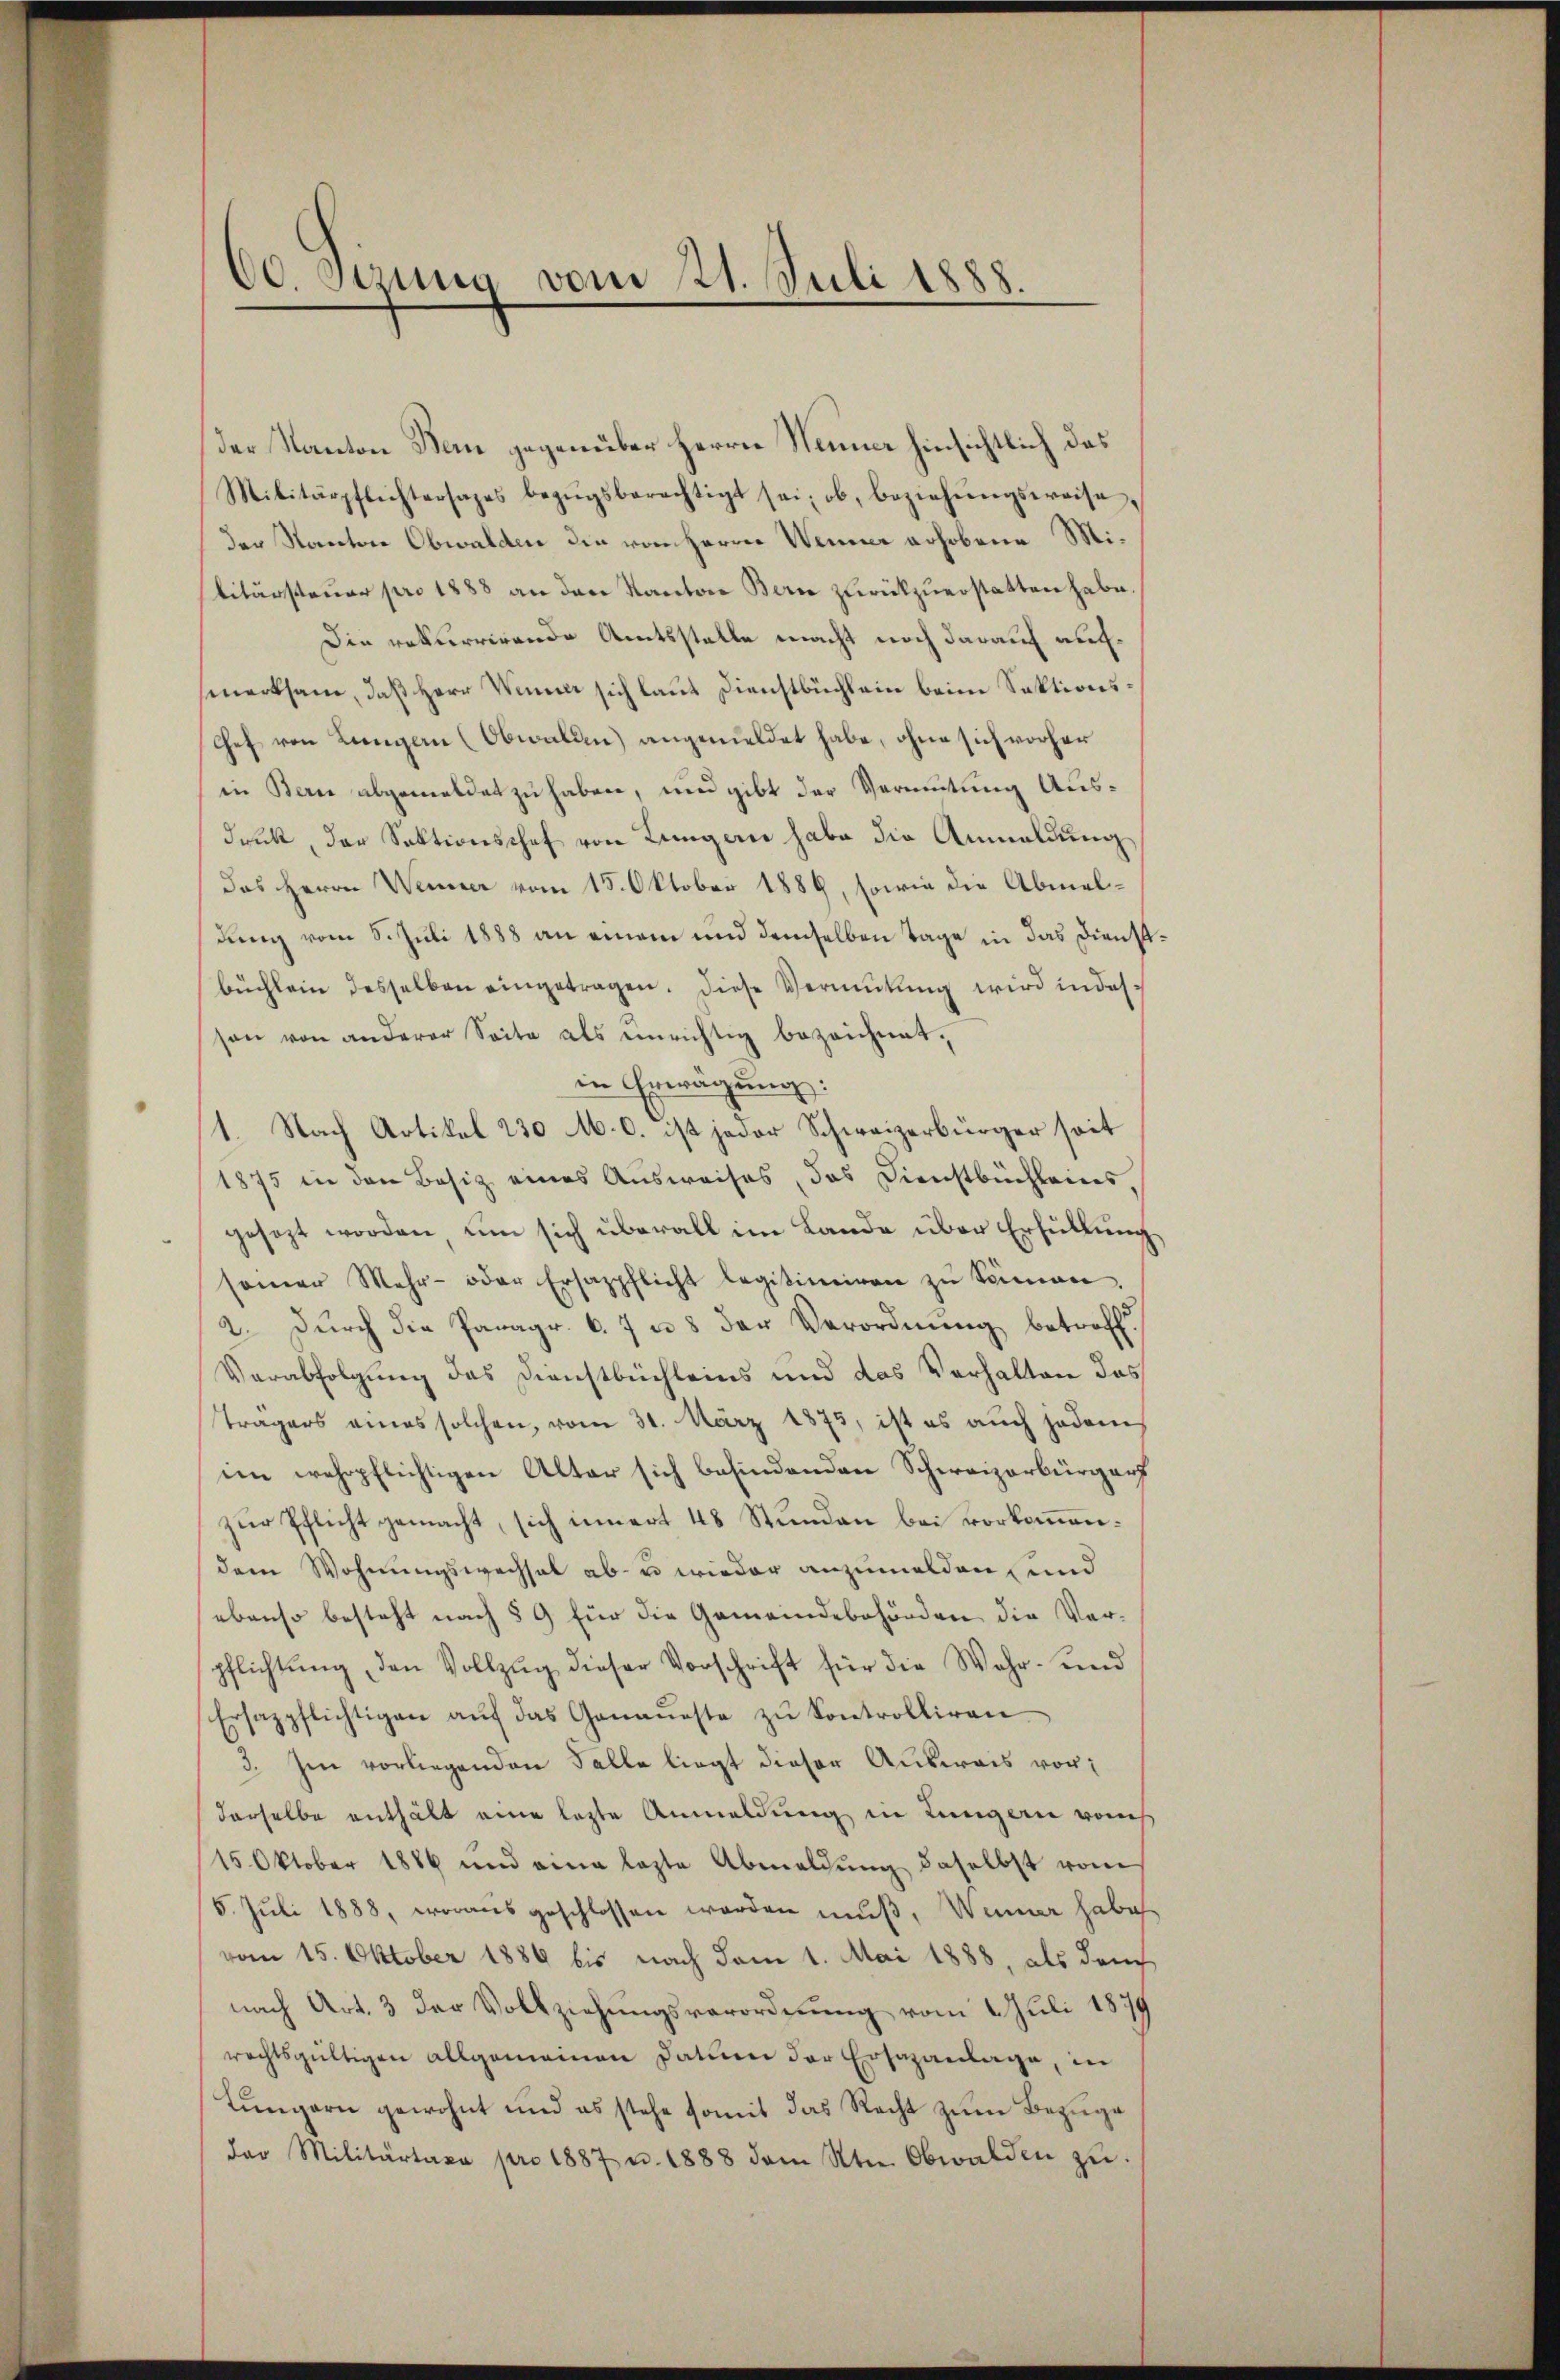
60. Sizung vom 21. Juli 1888.

der Kanton Bern gegenüber Herrn Summe hinsichtlich das
Militärpflichtersages bezŭgsberechtigt sei, ob, beziehŭngsweise,
der Kanton Obwalden die von Herrn Wenner erhobene Militärsteuer pro 1888 an den Kanton Bern zurückzuerstatten habe.
Die rekurrirende Amtsstelle macht noch darauf aufmerksam, daß Herr Wenn sich laut Dienstbüchlein beim Saktions¬
Chef von Lungen (Obwalden) angemeldet habe, ohne sich vorher
in Bern abgemeldet zu haben, und gibt der Vermutung Ausdruck, der Sektionsschef von Lungern habe die Anmeldung
das Herrn Weiner vom 15. Oktober 1889, sowie die Abmeldung vom 5. Juli 1888 an einem und demselben Tage in das Dienst
büchlein desselben eingetragen. Diese Vermutung wird in desson von anderer Seite als einrichtig bezeichnet,
in Erwägung:
(1. Nach Artikel 230 M. c. ist jeder Schweizerbürger seit
1875 in den Besiz eines Ausweises, das Dienstbüchleins,
gesezt worden, um sich überall im Lande über Erfüllung
seiner Mehr- oder Ersazpflicht legitimiren zŭ Samen,
2. durch die Paragr. 6. 7 u. 8 der Verordnung betroff
Verabfolgung des Dienstbuchleins und das Verhalten das
Trägers eines solchen, vom 31. März 1875, ist es auch jedem
im wehrpflichtigen Alter sich befindenden Schweizerbürgers
zur Pflicht gemacht, sich innert 48 Stunden bei vorkommendem Wohnungswechsel ab- u. wieder anzumelden, und
ebenso besteht nach § 9 für die Gemeindebehörden, die Verpflichtung, den Vollzug dieser Vorschrift für die Wahr- und
Ersazpflichtigen aŭf das Genaueste zŭ kontrolliren.
3. Im vorliegenden Falle liegt dieser Ausweis vorderselbe enthält eine lezte Anmeldung in Lungern von
15. Oktober 1886 und eine lezte Abmeldŭng daselbst vom
5. Juli 1888, woraus geschlossen werden muß, Wenner habe
vom 15. Oktober 1889 bis nach vom 1. Mai 1888, als dem
nach Art. 3 der Vollziehungsverordnung vom 2. Juli 1879
rechtsgültigen allgemeinen Datum der Ersazantage, in
Lungern gewohnt und es stehe somit das Recht zum Bezuge
der Militärtaxa pro 1887 u. 1888 dem St. Obwalden zŭ